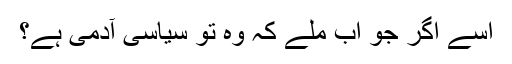
اسے اگر جو اب ملے کہ وہ تو سیاسی آدمی ہے؟